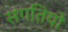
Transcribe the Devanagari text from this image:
संगतियो